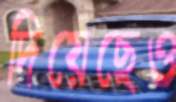
দিয়েছেও